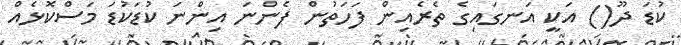
ކުޑަ ދޫ() އަކީ އަނގައިގެ ތެރެއިން ފަހަތުން ފެންނަ އިންނަ ކުޑަކުޑަ މަސްކޮޅެއް